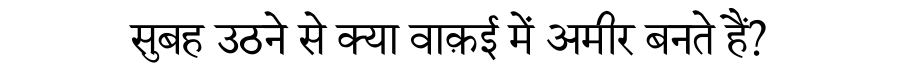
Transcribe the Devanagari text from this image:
सुबह उठने से क्या वाक़ई में अमीर बनते हैं?